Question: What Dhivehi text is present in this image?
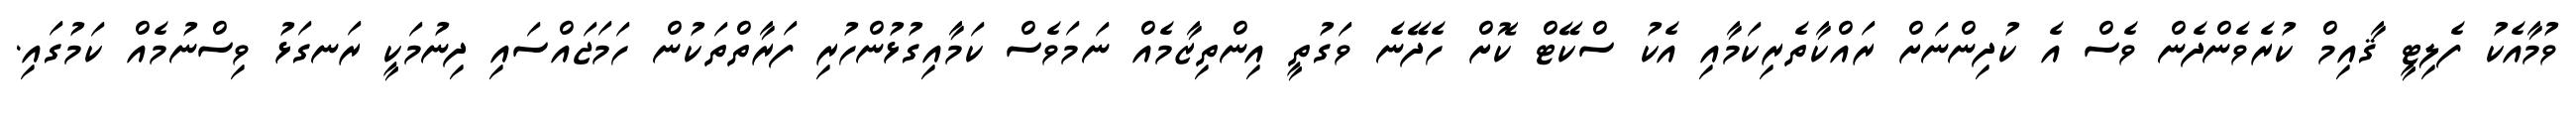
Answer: ވުމާއެކު ފެލިޓީ ޤާއިމް ކުރެވެންދެން ވެސް އެ ކުދިންނަށް ރައްކާތެރިކަމާއި އެކު ސްކޭޓް ކޮށް ހެދޭނެ ވަގުތީ އިންތިޒާމެއް ނަމަވެސް ކަމާއިގުޅުންހުރި ފަރާތްތަކުން ހަމަޖައްސައި ދިނުމަކީ ރަނގަޅު ވިސްނުމެއް ކަމުގައި.